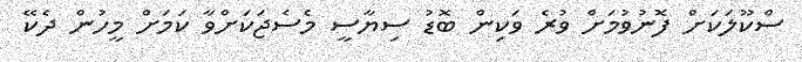
ސްކޫލަކަށް ފޮނުވުމަށް ވުރެ ވަކިން ބޮޑު ސިޔާސީ މެސެޖަކަށްވާ ކަމަށް މީހުން ދެކޭ